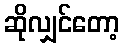
ဆိုလျှင်တော့